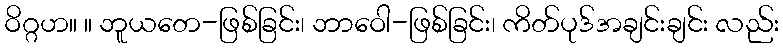
ဝိဂ္ဂဟ။ ။ ဘူယတေ-ဖြစ်ခြင်း၊ ဘာဝေါ-ဖြစ်ခြင်း၊ ကိတ်ပုဒ်အချင်းချင်း လည်း